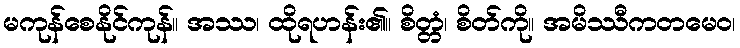
မကုန်စေနိုင်ကုန်။ အဿ၊ ထိုရဟန်း၏။ စိတ္တံ၊ စိတ်ကို။ အမိဿီကတမေဝ၊